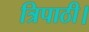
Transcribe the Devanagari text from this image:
त्रिपाठी।